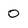
Character: 0